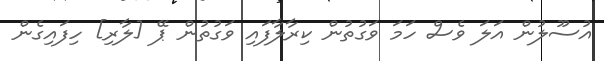
އުސޫލުން އަލަ ވެސް ހަމަ ވަގުތުން ކިރާާލާފައި ވަގުތުން ޕޭ [ލާރި] ހިފައިގެން